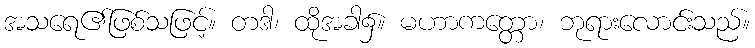
အသရေ၏ဖြစ်သဖြင့်။ တဒါ၊ ထိုအခါ၌။ မဟာကတ္တော၊ ဘုရားလောင်းသည်။